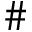
\#